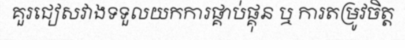
គួរជៀសវាងទទួលយកការផ្គាប់ផ្គុន ឬ ការតម្រូវចិត្ត